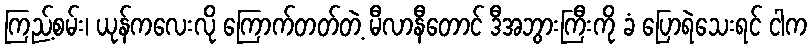
ကြည့်စမ်း၊ ယုန်ကလေးလို ကြောက်တတ်တဲ့ မီလာနီတောင် ဒီအဘွားကြီးကို ခံ ပြောရဲသေးရင် ငါက